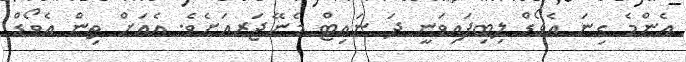
އެންމެ ގިނަ އެވޯޑް ލިބިފައިވަނީ ދަ ނައިޓް މެނޭޖަރއަށެވެ. އެއަށް ތިން އެވޯޑް